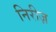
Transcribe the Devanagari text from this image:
निरीज़